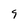
Character: 9